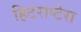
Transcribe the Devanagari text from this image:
हिटराप्टेरा